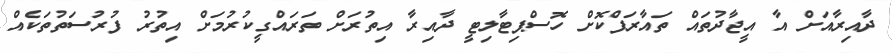
ދާއިރާއަށް އާ އީޖާދުތައް ތައާރަފްކޮށް ހޮސްޕިޓާލިޓީ ދާއިރާ އިތުރަށް ތަރައްގީކުރުމަށް އިތުރު ފުރުސަތުތަކެއް